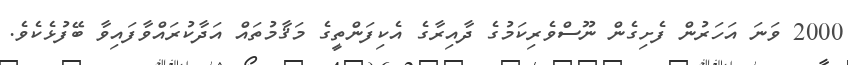
2000 ވަނަ އަހަރުން ފެށިގެން ނޫސްވެރިކަމުގެ ދާއިރާގެ އެކިފަންތީގެ މަޤާމުތައް އަދާކުރައްވާފައިވާ ބޭފުޅެކެވެ.